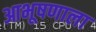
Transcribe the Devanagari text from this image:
आभूषणाला